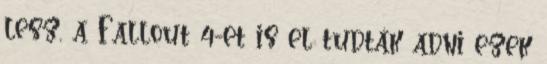
lesz, a Fallout 4-et is el tudták adni ezek